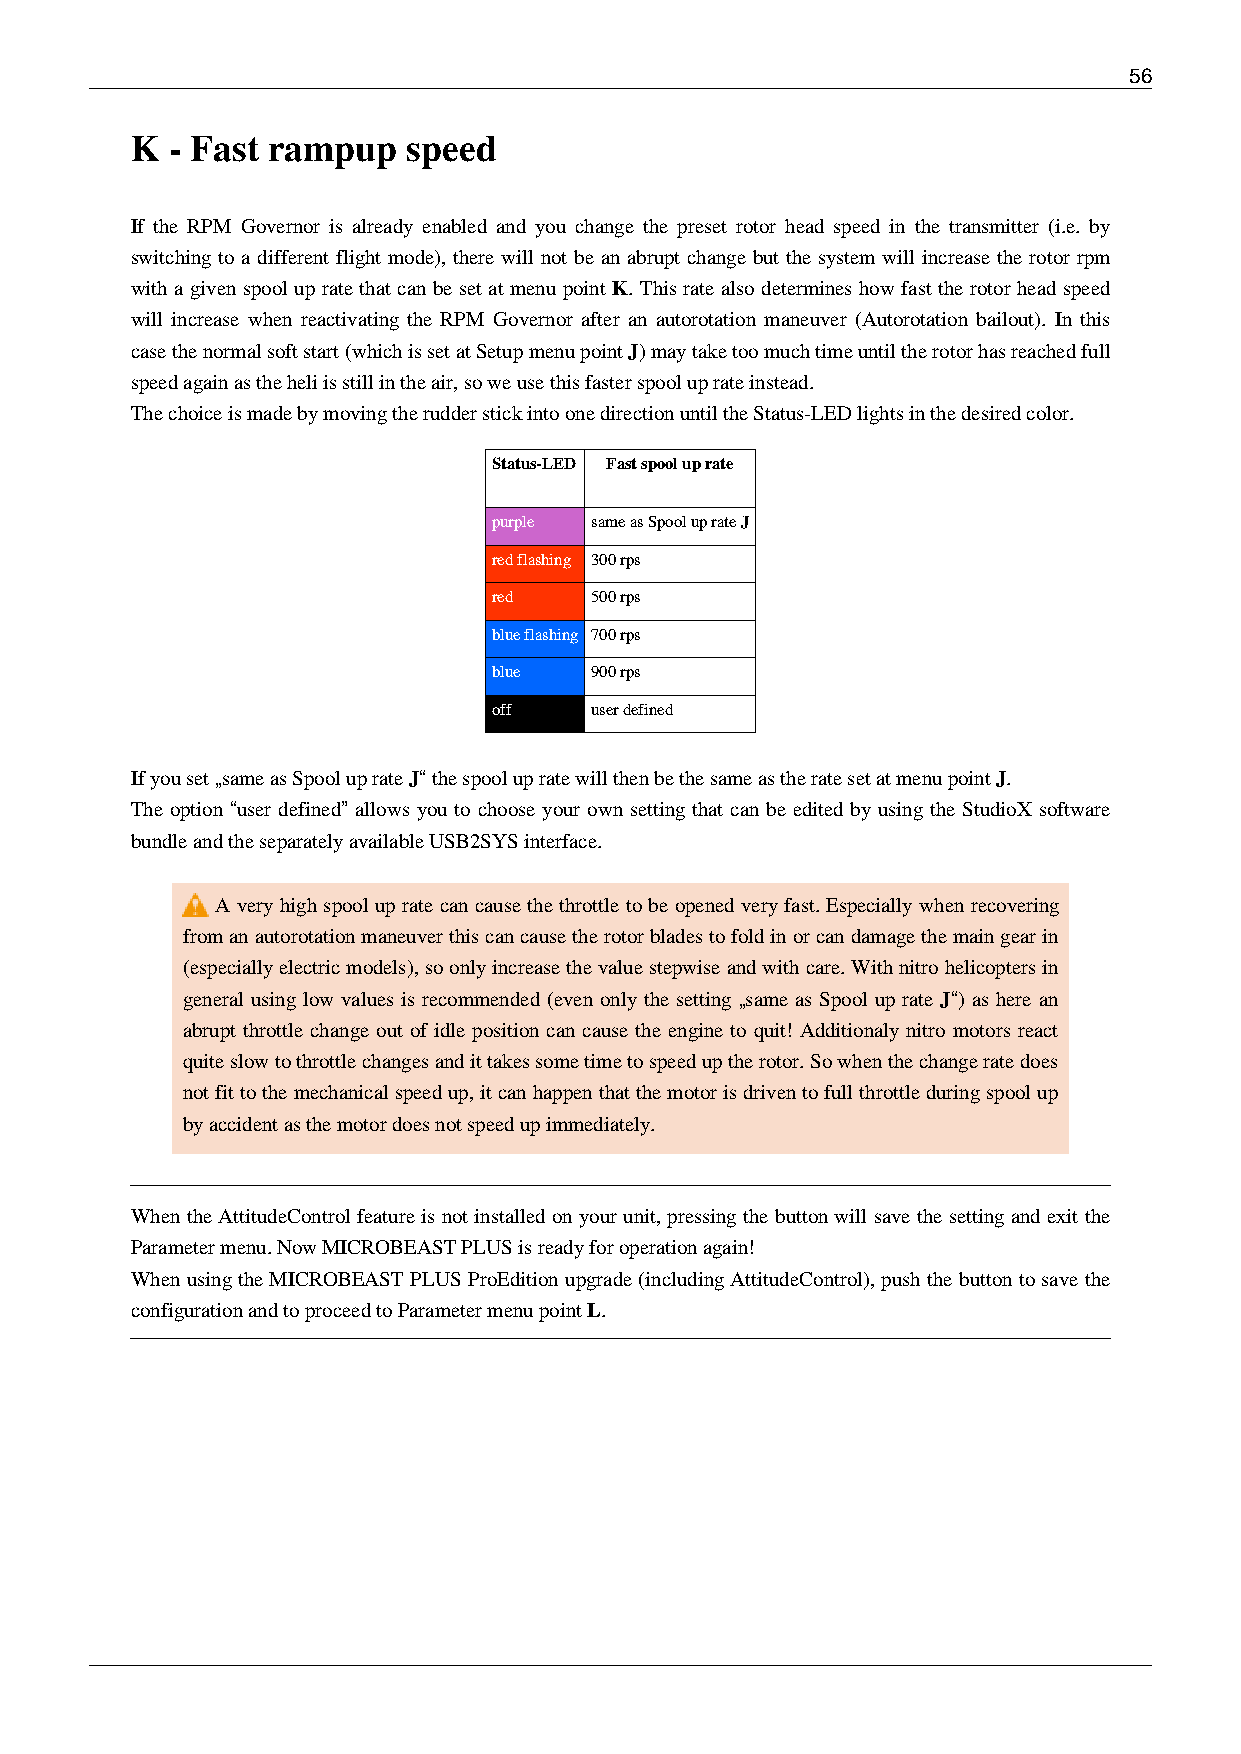
56
 K - Fast rampup   speed
 If the RPM Governor is already enabled and you change the preset rotor head speed in the transmitter (i.e. by
 switching to a different flight mode), there will not be an abrupt change but the system will increase the rotor rpm
 with a given spool up rate that can be set at menu point K. This rate also determines how fast the rotor head speed
 will increase when reactivating the RPM Governor after an autorotation maneuver (Autorotation bailout). In this
 case the normal soft start (which is set at Setup menu point J) may take too much time until the rotor has reached full
 speed again as the heli is still in the air, so we use this faster spool up rate instead.
 The choice is made by moving the rudder stick into one direction until the Status-LED lights in the desired color.
 Status-LED Fast spool up rate
 purple same as Spool up rate J
 red flashing 300 rps
 red   500 rps
 blue flashing 700 rps
 blue  900 rps
 off   user defined
 If you set „same as Spool up rate J“ the spool up rate will then be the same as the rate set at menu point J.
 The option “user defined” allows you to choose your own setting that can be edited by using the StudioX software
 bundle and the separately available USB2SYS interface.
 A very high spool up rate can cause the throttle to be opened very fast. Especially when recovering
 from an autorotation maneuver this can cause the rotor blades to fold in or can damage the main gear in
 (especially electric models), so only increase the value stepwise and with care. With nitro helicopters in
 general using low values is recommended (even only the setting „same as Spool up rate J“) as here an
 abrupt throttle change out of idle position can cause the engine to quit! Additionaly nitro motors react
 quite slow to throttle changes and it takes some time to speed up the rotor. So when the change rate does
 not fit to the mechanical speed up, it can happen that the motor is driven to full throttle during spool up
 by accident as the motor does not speed up immediately.
 When the AttitudeControl feature is not installed on your unit, pressing the button will save the setting and exit the
 Parameter menu. Now MICROBEAST PLUS is ready for operation again!
 When using the MICROBEAST PLUS ProEdition upgrade (including AttitudeControl), push the button to save the
 configuration and to proceed to Parameter menu point L.